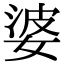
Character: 婆